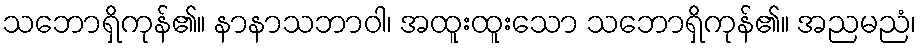
သဘောရှိကုန်၏။ နာနာသဘာဝါ၊ အထူးထူးသော သဘောရှိကုန်၏။ အညမညံ၊